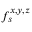
f _ { s } ^ { x , y , z }